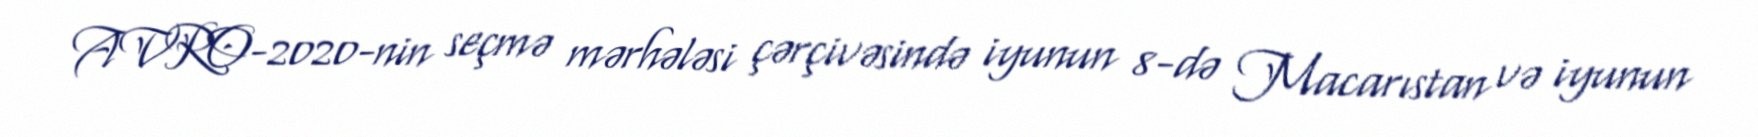
AVRO-2020-nin seçmə mərhələsi çərçivəsində iyunun 8-də Macarıstan və iyunun